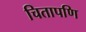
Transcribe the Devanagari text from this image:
चितापणि